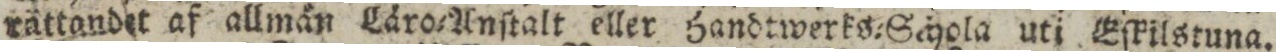
rättandet af allmån Låro=Anſtalt eller Handtwerks=Schola uti Eſkilstuna.